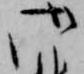
御